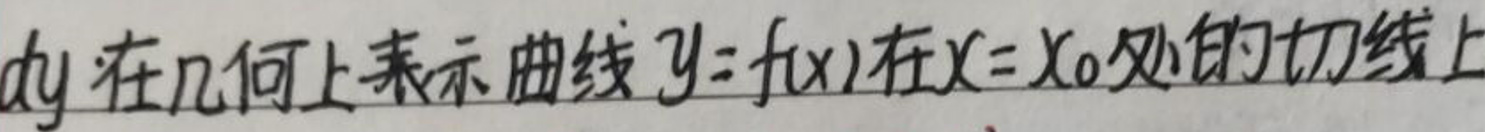
$dy$在几何上表示曲线$y = f(x)$在$x = x_0$处的切线上